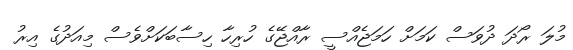
މުލަ ރޯދަ ދުވަސް ކަމަށް ހަމަޖެއްސީ ރާއްޖޭގެ ހުރިހާ ހިސާބަކަށްވެސް މިއަދުގެ އިރު